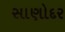
સાણોદર